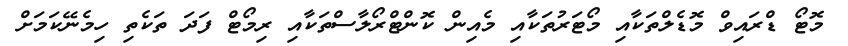
މޮޓޯ ޑްރައިވް މޮޑެލްތަކާއި މޯޓަރުތަކާއި މެއިން ކޮންޓްރޯލާސްތަކާއި ރިމޯޓް ފަދަ ތަކެތި ހިމެނޭކަމަށް